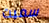
سميت